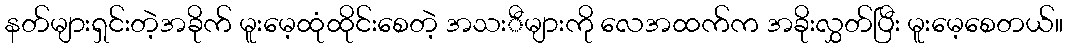
နတ်များရှင်းတဲ့အခိုက် မူးမေ့ထုံထိုင်းစေတဲ့ အသးီများကို လေအထက်က အခိုးလွှတ်ပြီး မူးမေ့စေတယ်။